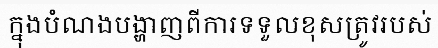
ក្នុងបំណងបង្ហាញពីការទទួលខុសត្រូវរបស់